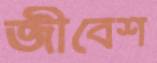
জীবেশ